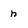
Character: n